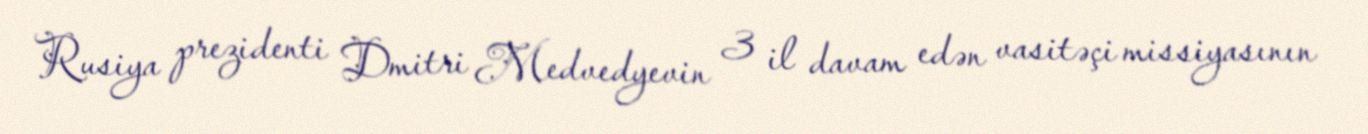
Rusiya prezidenti Dmitri Medvedyevin 3 il davam edən vasitəçi missiyasının